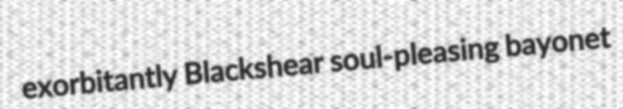
exorbitantly Blackshear soul-pleasing bayonet